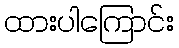
ထားပါကြောင်း